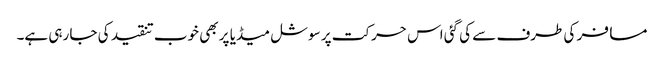
مسافر کی طرف سے کی گئی اس حرکت پر سوشل میڈیا پر بھی خوب تنقید کی جا رہی ہے۔